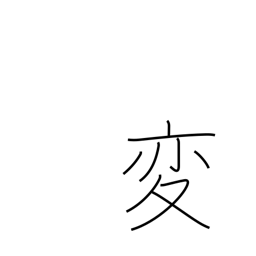
Meaning: unusual